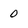
Character: 0